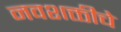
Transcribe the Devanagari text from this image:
नवशक्तीचे